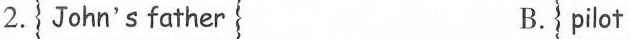
2. John's father B. pilot